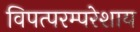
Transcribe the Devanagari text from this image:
विपत्परम्परेशाय